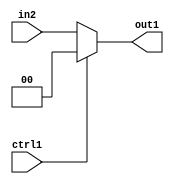
`timescale 1ps / 1ps
/*****************************************************************************
    Verilog RTL Description
    
    
    Created by: Stratus DpOpt 21.05.01 
*******************************************************************************/

module dut_N_Mux_2_2_46_4 (
	in2,
	ctrl1,
	out1
	); /* architecture "behavioural" */ 
input [1:0] in2;
input  ctrl1;
output [1:0] out1;
wire [1:0] asc001;

reg [1:0] asc001_tmp_0;
assign asc001 = asc001_tmp_0;
always @ (ctrl1 or in2) begin
	case (ctrl1)
		1'B1 : asc001_tmp_0 = 2'B00 ;
		default : asc001_tmp_0 = in2 ;
	endcase
end

assign out1 = asc001;
endmodule

/* CADENCE  uLP0SQk= : u9/ySxbfrwZIxEzHVQQV8Q== ** DO NOT EDIT THIS LINE ******/